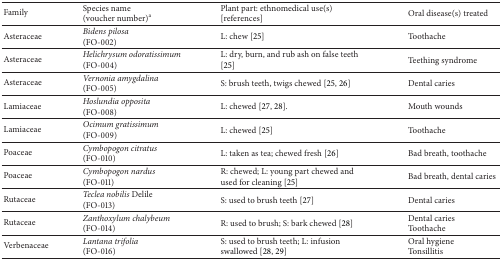
| Family | Species name (voucher number)a | Plant part: ethnomedical use(s) [references] | Oral disease(s) treated |
 | --- | --- | --- | --- |
 | Asteraceae | Bidens pilosa (FO-002) | L: chew [25] | Toothache |
 | Asteraceae | Helichrysum odoratissimum (FO-004) | L: dry, burn, and rub ash on false teeth [25] | Teething syndrome |
 | Asteraceae | Vernonia amygdalina (FO-005) | S: brush teeth, twigs chewed [25, 26] | Dental caries |
 | Lamiaceae | Hoslundia opposita (FO-008) | L: chewed [27, 28]. | Mouth wounds |
 | Lamiaceae | Ocimum gratissimum (FO-009) | L: chewed [25] | Toothache |
 | Poaceae | Cymbopogon citratus (FO-010) | L: taken as tea; chewed fresh [26] | Bad breath, toothache |
 | Poaceae | Cymbopogon nardus (FO-011) | R: chewed; L: young part chewed and used for cleaning [25] | Bad breath, dental caries |
 | Rutaceae | Teclea nobilis Delile (FO-013) | S: used to brush teeth [27] | Dental caries |
 | Rutaceae | Zanthoxylum chalybeum (FO-014) | R: used to brush; S: bark chewed [28] | Dental cariesToothache |
 | Verbenaceae | Lantana trifolia(FO-016) | S: used to brush teeth; L: infusion swallowed [28, 29] | Oral hygieneTonsillitis |